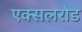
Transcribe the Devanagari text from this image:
एक्सलरोड